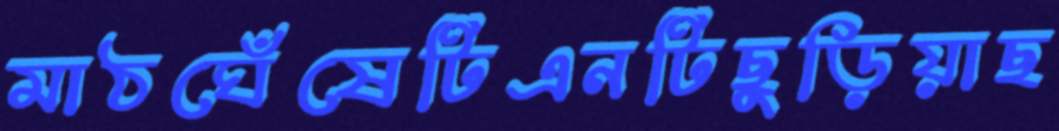
মাঠঘেঁষেটিএনটিছুড়িয়াছ